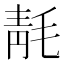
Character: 𰚞